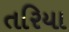
તરિયા